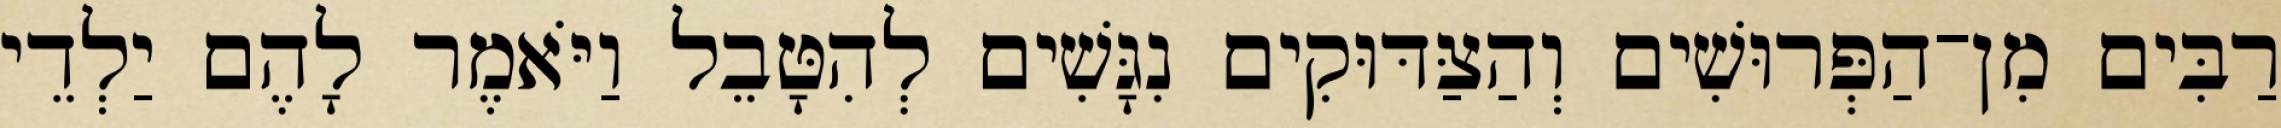
רַבִּים מִן־הַפְּרוּשִׁים וְהַצַּדּוּקִים נִגָּשִׁים לְהִטָּבֵל וַיֹּאמֶר לָהֶם יַלְדֵי